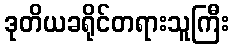
ဒုတိယခရိုင်တရားသူကြီး